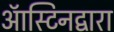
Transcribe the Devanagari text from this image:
ऑस्टिनद्वारा